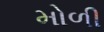
મોળી